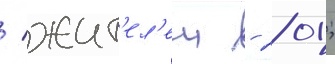
/ жит'ел'еи - 201;